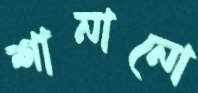
শানানো